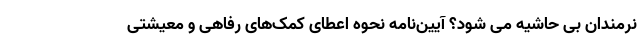
نرمندان بی حاشیه می شود؟ آیین‌نامه نحوه اعطای کمک‌های رفاهی و معیشتی